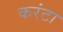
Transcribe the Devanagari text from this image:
करंटा